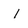
Character: I